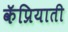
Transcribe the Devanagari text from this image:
कॅप्रियाती